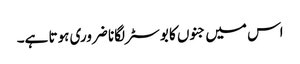
اس میں جنوں کا بوسٹر لگانا ضروری ہوتا ہے۔